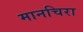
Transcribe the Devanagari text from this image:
मानचिरा